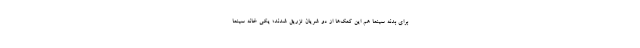
برای بدنه سینما هم این کمک‌ها از دو شریان تزریق شدند؛ یکی خانه سینما